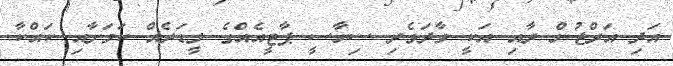
އަދި އަރްޖުން ރާއި އަކީ ވާދަވެރި ސިޔާސީ ޕާޓީއެއްގެ ލީޑަރެއް ކަމަށާއި ކައްކާ